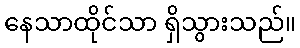
နေသာထိုင်သာ ရှိသွားသည်။